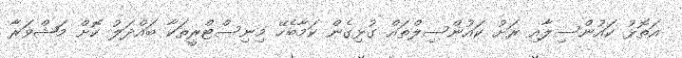
އަތޮޅު ކައުންސިލާއި ރަށު ކައުންސިލްތައް ގުޅިގެން ކަމާބެހޭ މިނިސްޓްރީތަކާ ބައްދަލު ކޮށް މަޝްވަރާ